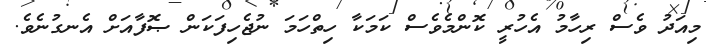
މިއަދު ވެސް ރިހާމު އެހުރީ ކޮންމެވެސް ކަމަކާ ހިތްހަމަ ނުޖެހިފަކަން ޞޮފާއަށް އެނގުނެވެ.